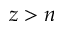
z > n